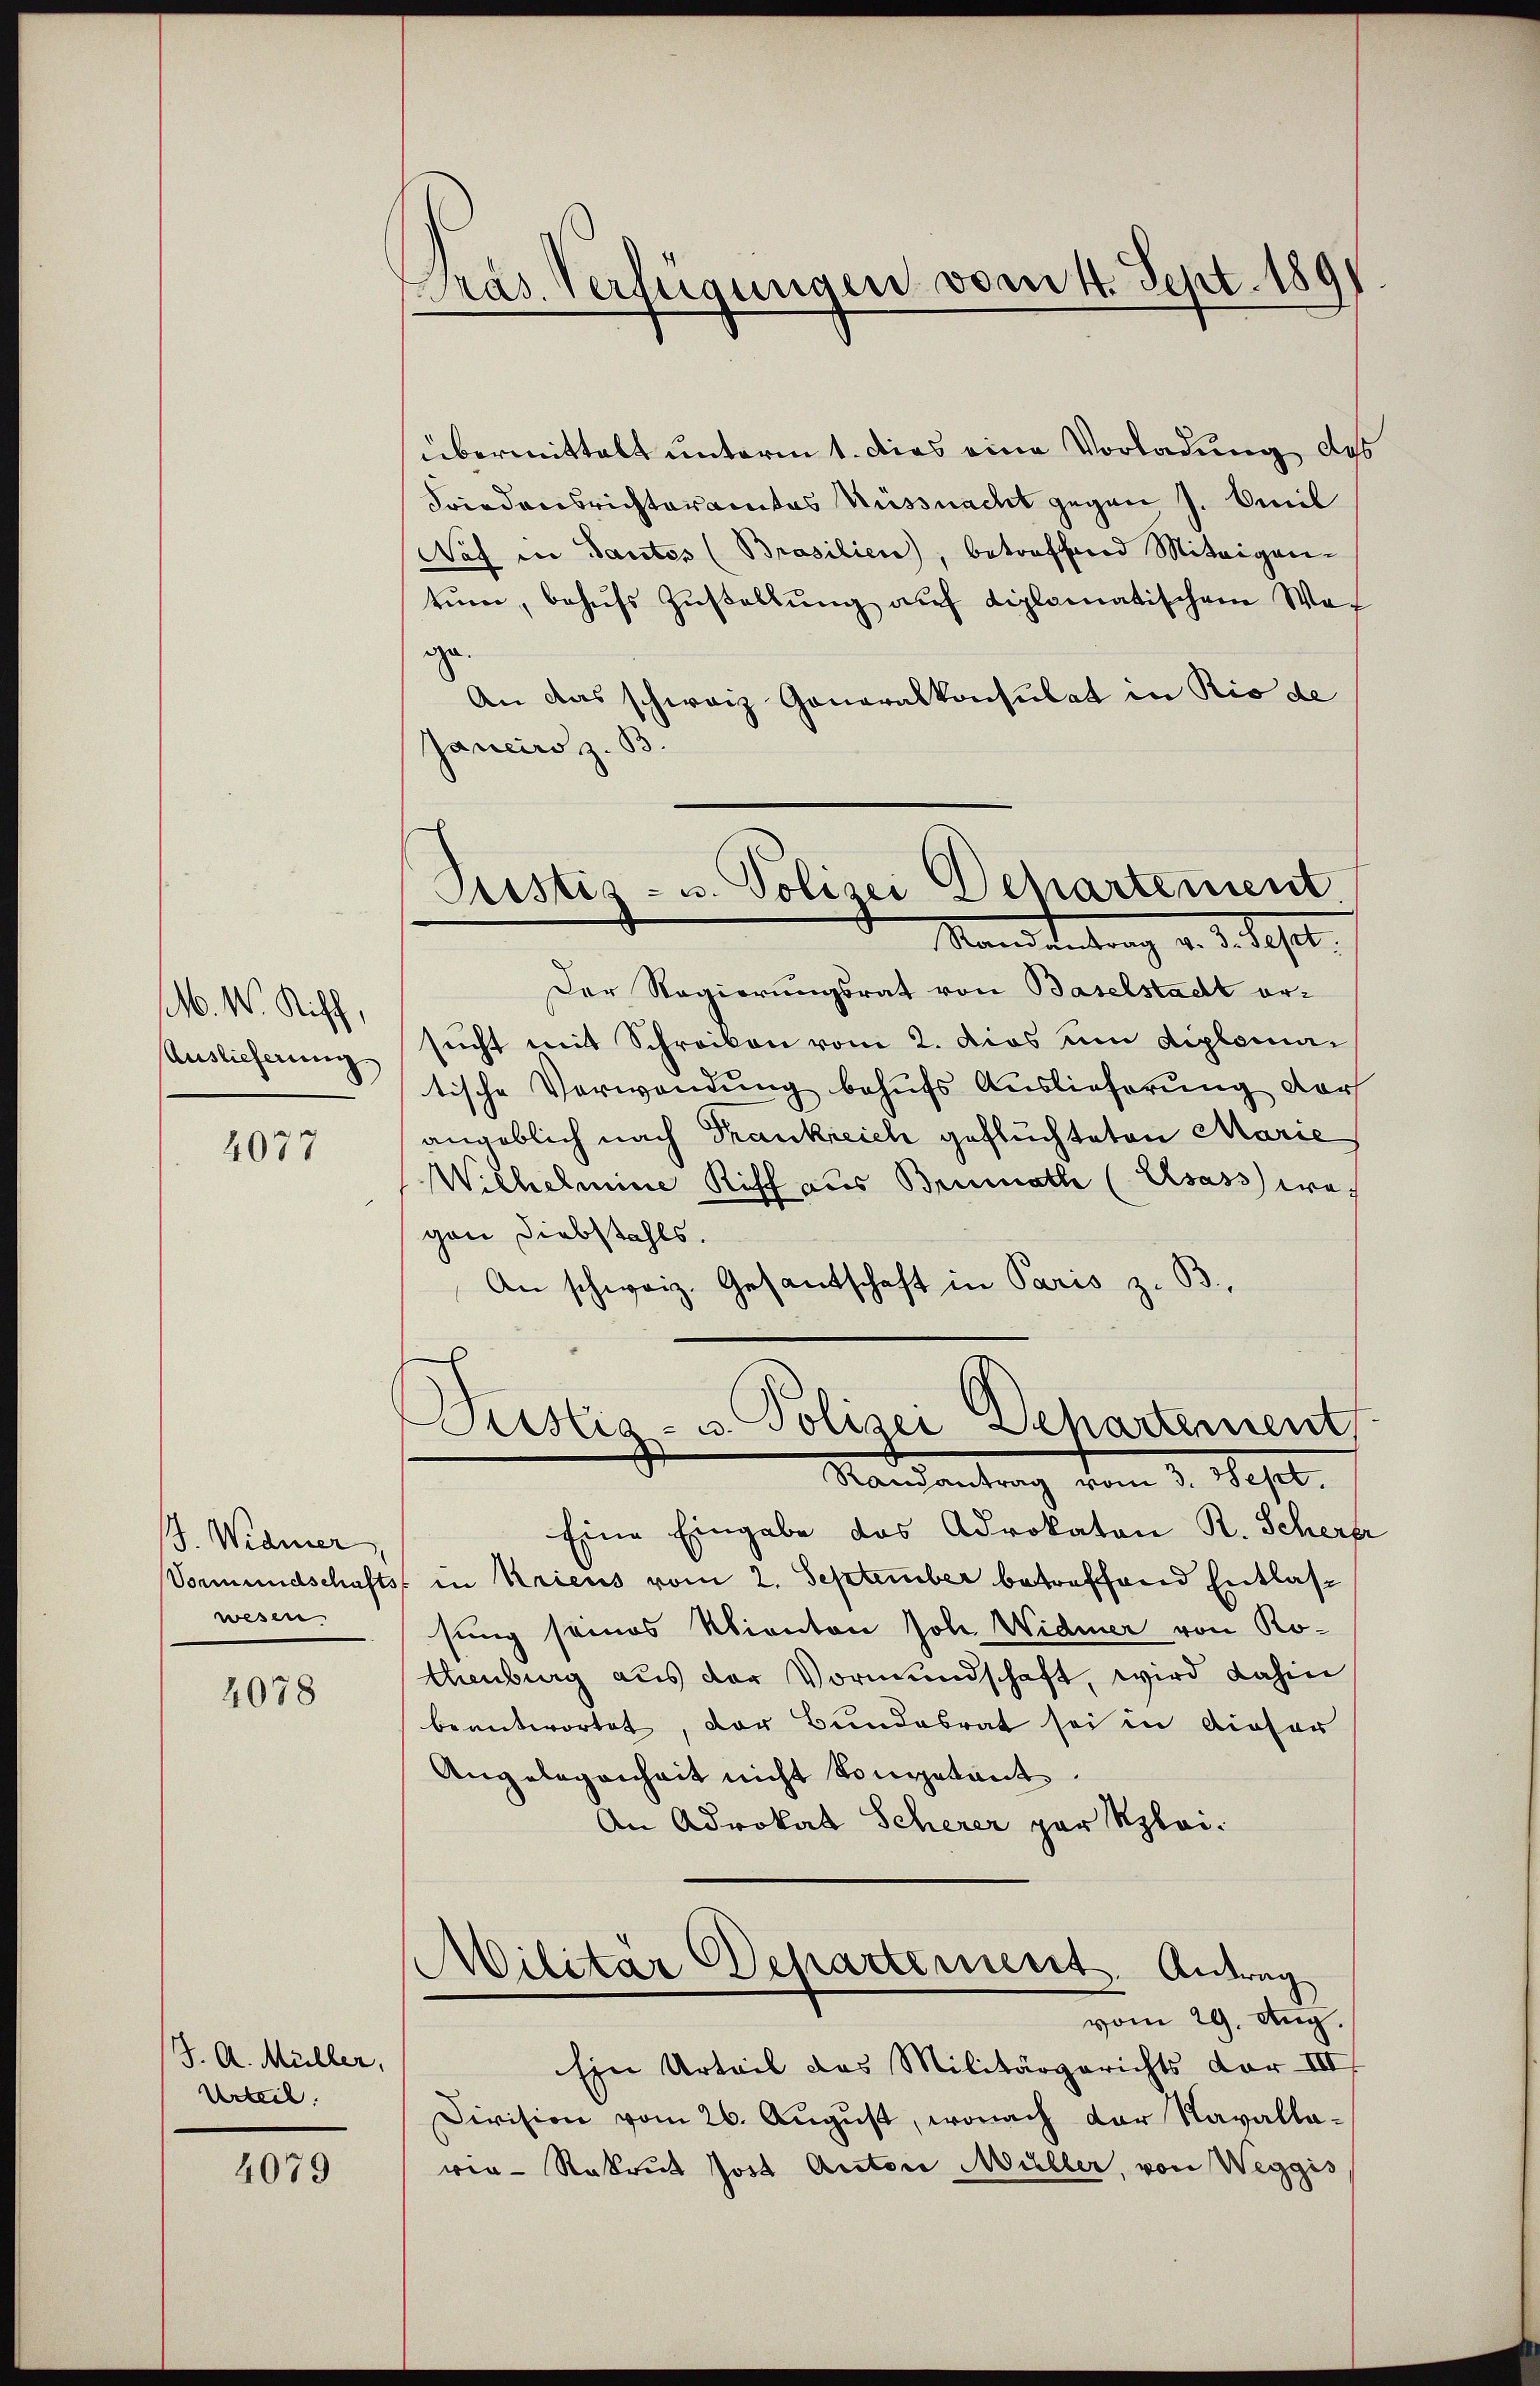
M. M. Riff,
Auslicherung

4077

. Widmer,
Vormundschafts-
wesen.

4078

J. A. Müller,
Urteil.

4079

Pras. Verfügungen vom 4. Sept. 1891

Justiz- u. Polizei Departement
Manes Vertrag v. 1. Sept.

übermittalt unterm 1. Dies eine Vorladung, das
Friedensrichteramtes Küssnacht gegen 7. Beil
Nef in Tantes (Brasilien), betreffend Miteigen-
tŭm, behŭfs Zŭstellŭng auf diplomatischem Waf
ge.
An das schweiz Generalkonsulat in Rio de
Jancirs z. B.
Der Regierungsrat von Baselstadt ersucht mit Schreiben vom 2. dies um diplomai
tische Verwendung behufs Auslieferung darf
angeblich nach Frankreich gefluchteten Marie
Wichelmine Riff aus Brunnath (Elsass wegan Diebstahls.
An schweiz. Gesandschaft in Paris z. B.

Dristis- u. Polizei Dehartement
Mandantrag vom 2. Sept.

Eine Eingabe das Advokaten R. Scherer
in Kriens vom 2. September betreffend Entlassung seines Kanton Joh. Widmer von Ro¬
Unburg aus der Vormundschaft, wird dahin
beantwortet, der Bundesrat sei in dieser
Angelegenheit nicht kompetent
An Advokat Scherer par Klei¬
Militär Departement. Antrag
vom 29. Aug.
Ein Urteil das Militärgerichts vor III
Division vom 26. August, wonach der Navallaren-Rekrut Jost Anton Müller, von Weggis